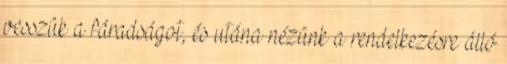
vesszük a fáradságot, és utána nézünk a rendelkezésre álló